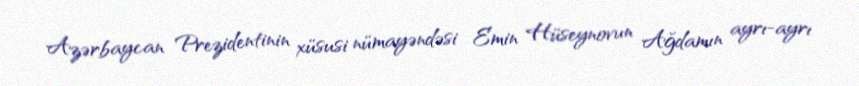
Azərbaycan Prezidentinin xüsusi nümayəndəsi Emin Hüseynovun Ağdamın ayrı-ayrı